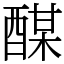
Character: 䤂